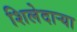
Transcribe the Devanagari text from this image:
शिलेदार्‍या